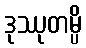
ဒုဿုတမ္ပိ